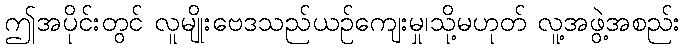
ဤအပိုင်းတွင် လူမျိုးဗေဒသည်ယဉ်ကျေးမှု၊သို့မဟုတ် လူ့အဖွဲ့အစည်း